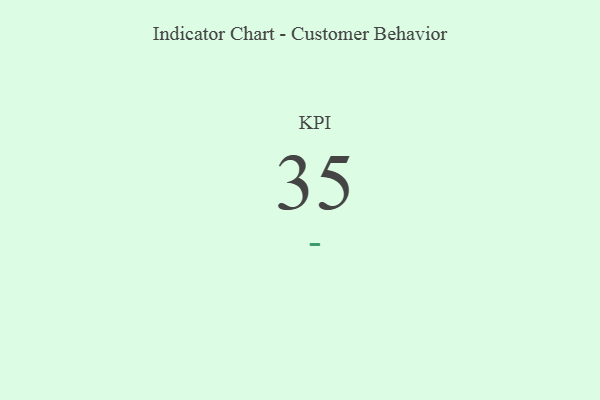
{"axis": {"x": "KPI", "y": "Value"}, "legend": [""], "data": [{"x": "KPI", "y": 35, "type": ""}]}